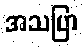
အသပြာ